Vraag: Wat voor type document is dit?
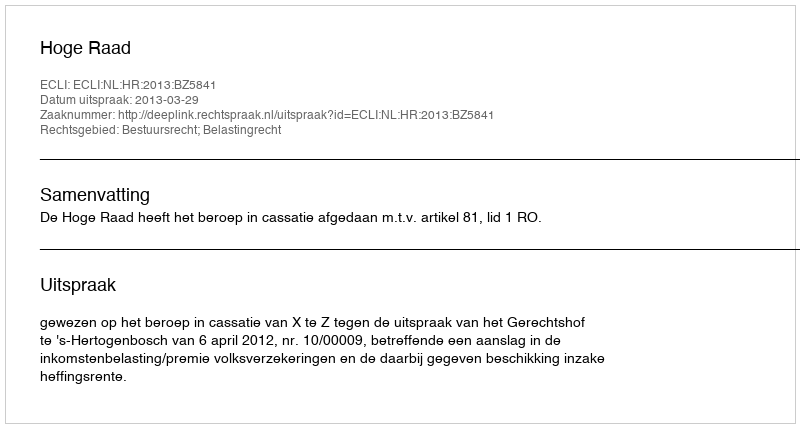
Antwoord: Uitspraak